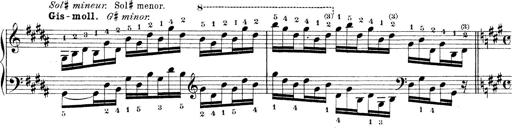
Title: Technische Studien
Composer: Franz Liszt